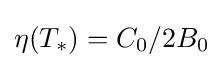
\eta (T_{*})={C_{0}}/{2B_{0}}